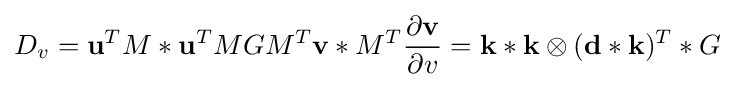
D_{v}=\mathbf {u} ^{T}M\ast \mathbf {u} ^{T}MGM^{T}\mathbf {v} \ast M^{T}{\frac {\partial \mathbf {v} }{\partial v}}=\mathbf {k} \ast \mathbf {k} \otimes (\mathbf {d} \ast \mathbf {k} )^{T}\ast G